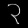
Digit: ၃